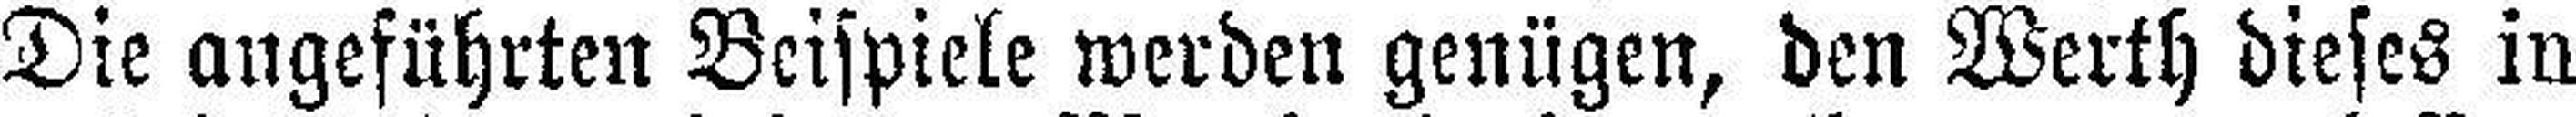
Die angeführten Beispiele werden genügen, den Werth dieses in